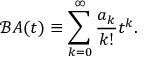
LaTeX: { \mathcal { B } } A ( t ) \equiv \sum _ { k = 0 } ^ { \infty } { \frac { a _ { k } } { k ! } } t ^ { k } .